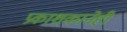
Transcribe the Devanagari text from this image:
प्रकाशकानेही